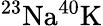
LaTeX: ^{23}\mathrm{Na}^{40}\mathrm{K}